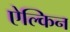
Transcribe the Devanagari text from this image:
ऐल्किन